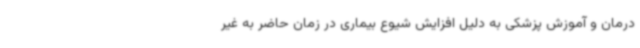
درمان و آموزش پزشکی به دلیل افزایش شیوع بیماری در زمان حاضر به غیر